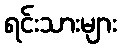
ရင်းသားများ